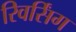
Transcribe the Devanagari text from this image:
रिवर्सिंग